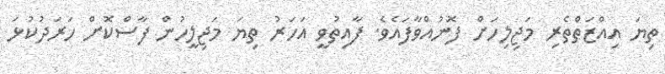
ތިޔަ އިއްޒަތްތެރި މަޖިލިހަށް ފޮނުއްވާފައެވެ. ފާއިތުވީ އަހަރު ތިޔަ މަޖިލީހުން ފާސްކޮށް ހަރަދުކުޅަ